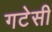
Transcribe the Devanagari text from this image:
गटेसी